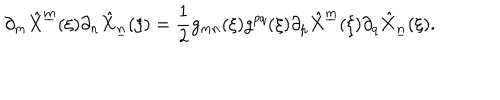
LaTeX: \partial _ { m } \hat { X } ^ { \underline { { { m } } } } ( \xi ) \partial _ { n } \hat { X } _ { \underline { { { n } } } } ( \xi ) = { \frac { 1 } { 2 } } g _ { m n } ( \xi ) g ^ { p q } ( \xi ) \partial _ { p } \hat { X } ^ { \underline { { { m } } } } ( \xi ) \partial _ { q } \hat { X } _ { \underline { { { n } } } } ( \xi ) .